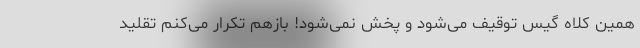
همین کلاه گیس توقیف می‌شود و پخش نمی‌شود! بازهم تکرار می‌کنم تقلید